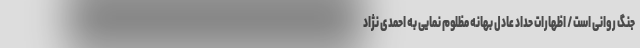
جنگ روانی است / اظهارات حداد عادل بهانه مظلوم نمايى به احمدی نژاد